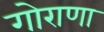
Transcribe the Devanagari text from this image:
गोराणा